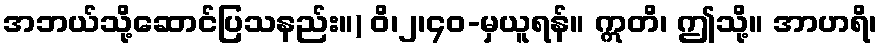
အဘယ်သို့ဆောင်ပြသနည်း။) ဝိ၊၂၊၄၀-မှယူရန်။ ဣတိ၊ ဤသို့။ အာဟရိ၊